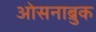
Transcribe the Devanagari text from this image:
ओसनाब्रुक